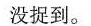
没捉到。